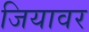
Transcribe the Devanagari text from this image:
जियावर